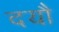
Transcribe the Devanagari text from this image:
दयौ